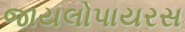
જાયલોપાયરસ